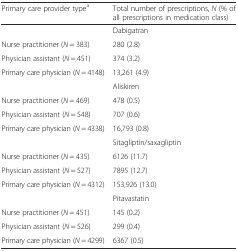
<table><thead><tr><td><b>Primary care provider type<sup>a</sup></b></td><td><b>Total number of prescriptions, <i>N</i> (% of all prescriptions in medication class)</b></td></tr></thead><tbody><tr><td>[EMPTY_CELL]</td><td>Dabigatran</td></tr><tr><td>Nurse practitioner (<i>N</i> = 383)</td><td>280 (2.8)</td></tr><tr><td>Physician assistant (<i>N</i> = 451)</td><td>374 (3.2)</td></tr><tr><td>Primary care physician (<i>N</i> = 4148)</td><td>13,261 (4.9)</td></tr><tr><td>[EMPTY_CELL]</td><td>Aliskiren</td></tr><tr><td>Nurse practitioner (<i>N</i> = 469)</td><td>478 (0.5)</td></tr><tr><td>Physician assistant (<i>N</i> = 548)</td><td>707 (0.6)</td></tr><tr><td>Primary care physician (<i>N</i> = 4338)</td><td>16,793 (0.8)</td></tr><tr><td>[EMPTY_CELL]</td><td>Sitagliptin/saxagliptin</td></tr><tr><td>Nurse practitioner (<i>N</i> = 435)</td><td>6126 (11.7)</td></tr><tr><td>Physician assistant (<i>N</i> = 527)</td><td>7895 (12.7)</td></tr><tr><td>Primary care physician (<i>N</i> = 4312)</td><td>153,926 (13.0)</td></tr><tr><td>[EMPTY_CELL]</td><td>Pitavastatin</td></tr><tr><td>Nurse practitioner (<i>N</i> = 451)</td><td>145 (0.2)</td></tr><tr><td>Physician assistant (<i>N</i> = 526)</td><td>299 (0.4)</td></tr><tr><td>Primary care physician (<i>N</i> = 4299)</td><td>6367 (0.5)</td></tr></tbody></table>